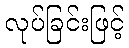
လုပ်ခြင်းဖြင့်